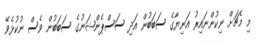
މި މެޗަށް ނިކުންނައިރު އަނިޔާގެ ސަބަބުން އަދި ސަސްޕެންޝަނުގެ ސަބަބުން ވެސް ނުކުޅެވޭ